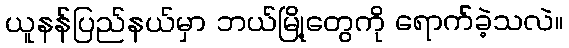
ယူနန်ပြည်နယ်မှာ ဘယ်မြို့တွေကို ရောက်ခဲ့သလဲ။